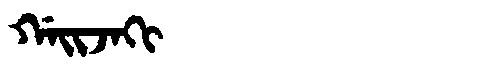
Manchu: ᡤᠠᡳᠵᠠᡴᡳ
Romanization: GAIJAKI